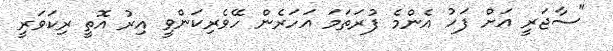
"ސާޖަރީ އަށް ފަހު އެންމެ ފުރަތަމަ އަހަރެން ހޭވެރިކަންވީ އިރު އޮތީ ރިކަވަރީ